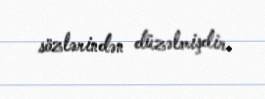
sözlərindən düzəlmişdir.